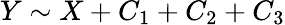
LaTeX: Y\sim X+C_{1}+C_{2}+C_{3}